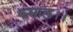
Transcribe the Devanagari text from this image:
कमाल।।